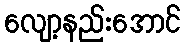
လျော့နည်းအောင်